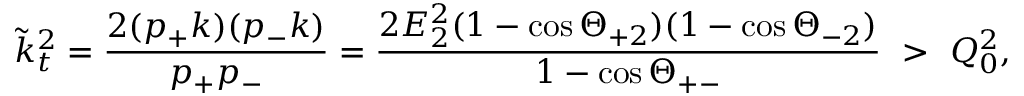
\tilde { k } _ { t } ^ { 2 } = \frac { 2 ( p _ { + } k ) ( p _ { - } k ) } { p _ { + } p _ { - } } = \frac { 2 E _ { 2 } ^ { 2 } ( 1 - \cos \Theta _ { + 2 } ) ( 1 - \cos \Theta _ { - 2 } ) } { 1 - \cos \Theta _ { + - } } \ > \ Q _ { 0 } ^ { 2 } ,